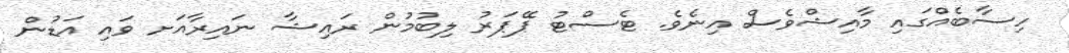
ހިސާބެއްގައި މާއިޝްވެސް އިނެވެ. ޓެސްޓު ޕޭޕަރު ލިބުމުން ރައިޝާ ނައިރާއަށ ވައި އަޑުން